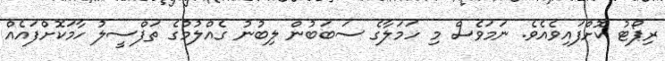
ރިޕޯޓު ކޮށްފައިވެެއެވެ. ނަމަވެސް މި ހަމަލާގެ ސަބަބުން ލިބުނު ގެއްލުމުގެ ތަފްސީލު ހާމަކޮށްފައެއް